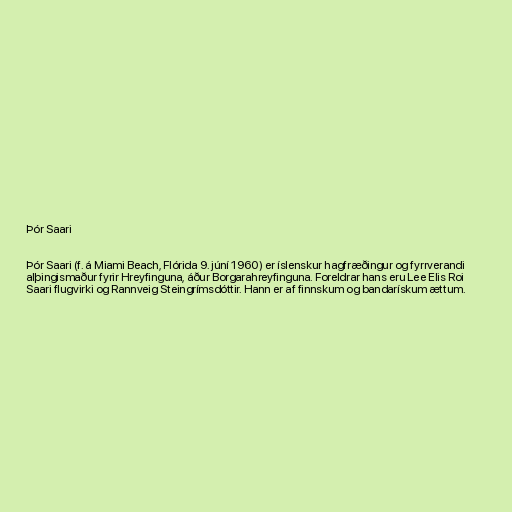
Þór Saari

Þór Saari (f. á Miami Beach, Flórida 9. júní 1960) er íslenskur hagfræðingur og fyrrverandi
alþingismaður fyrir Hreyfinguna, áður Borgarahreyfinguna. Foreldrar hans eru Lee Elis Roi
Saari flugvirki og Rannveig Steingrímsdóttir. Hann er af finnskum og bandarískum ættum.